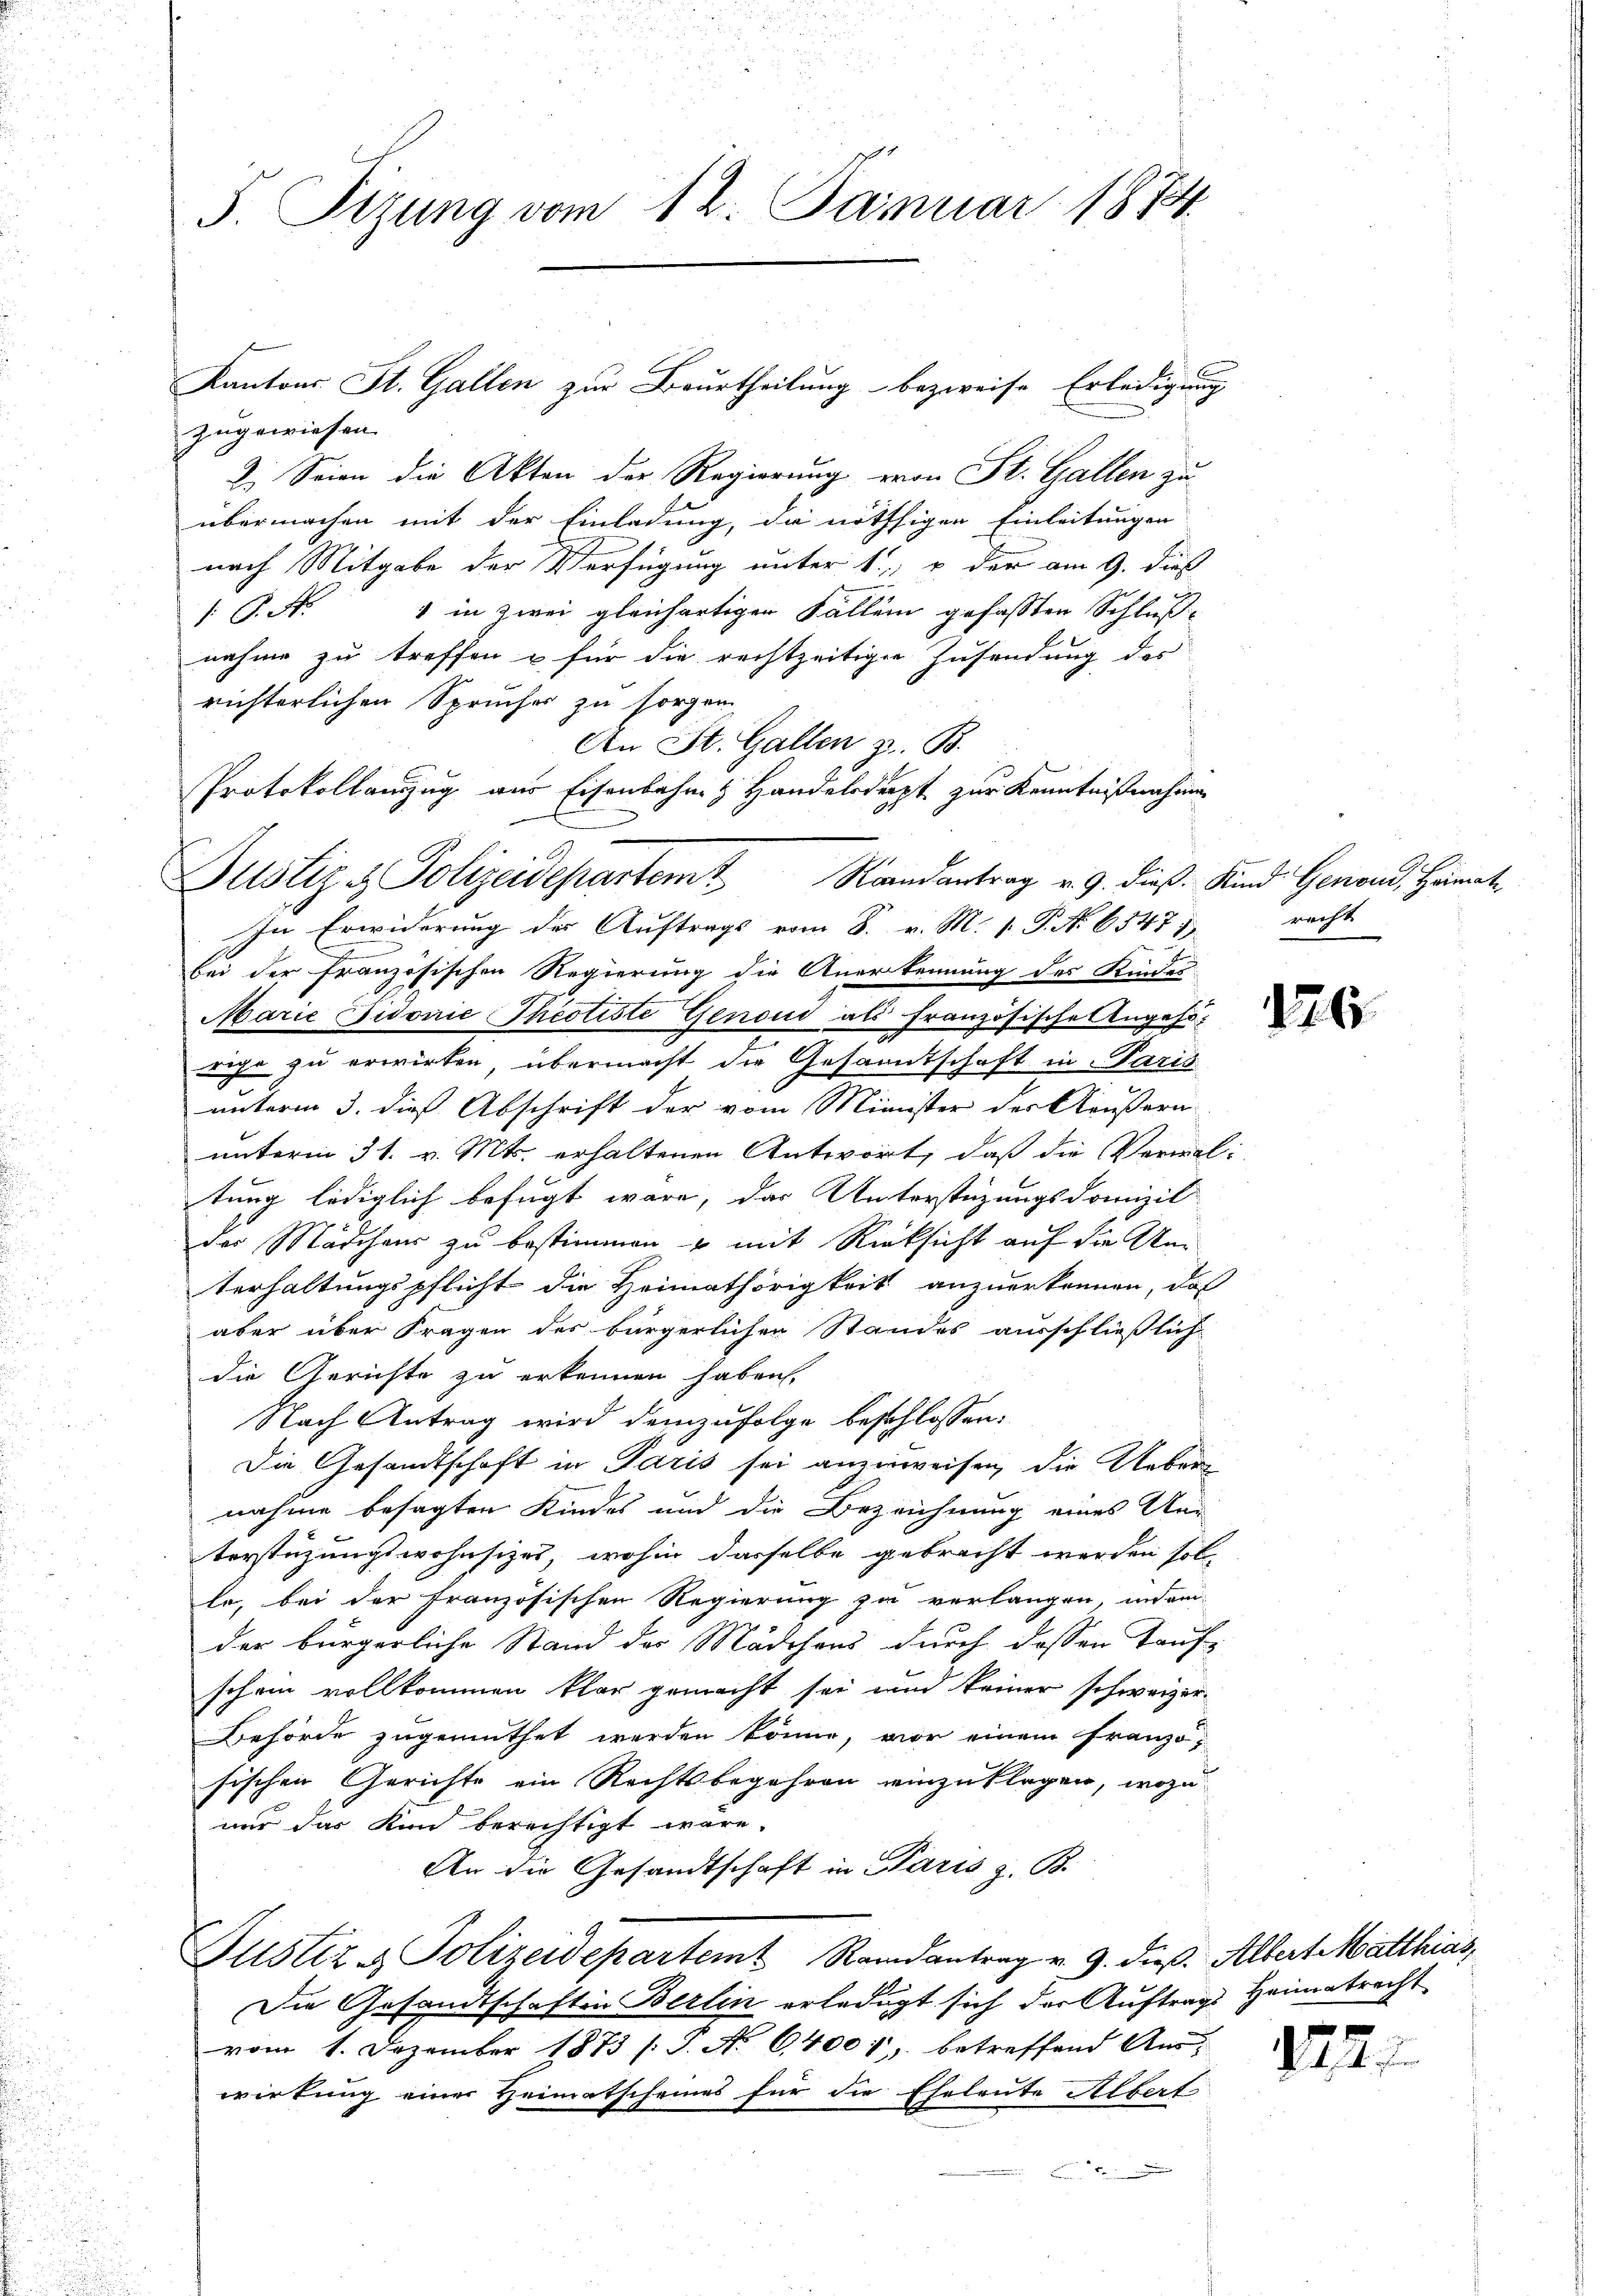
S. Tizung vom 12. Januar 1874

zugewiesen.
2. Seien die Akten der Regierung von St. Gallen zuübermachen mit der Einladung, die nöthigen Einleitungen
nach Mitgabe der Verfügung unter 1. u. der am 9. dies
1 P. Nr. 1 in zwei gleichartigen Fallem gefassten Schlußnahme zu treffen u für die rechtzeitiger Zusendung des
richterlichen Sprücher zu sorgen.
An St. Gallen z. B.
Protokollanzug aus Eisenbahn & Handelsderpt zur Kenntnißnahmen
bei der französischen Regierung die Anerkennung des Kindes-
Marie Fidonie Theotiste Genow als französische Angehrrige zu erwirken, übermacht die Gesamtschaft in Paris
unterm 3. dieß Abschrift der vom Minister der Aeußern-
unterm 31. v. Mts. erhaltenen Antwort, daß die Verwal-
tung lediglich befugt wäre, das Unterstüzungsdomizil
des Mädchens zu bestimmen u mit Rücksicht auf die Um
terhaltungspflicht die Heimathörigkeit anzuerkennen, daß
aber über Fragen des bürgerlichen Standes ausschließlich
die Gerichte zu erkennen haben.
Nach Antrag wird demzufolge beschlossen:
Die Gesandtschaft in Paris sei anzuweisen, die Ueber-
nahme besagten Kindes und die Bezeichnung eines Un-
terstüzungswohnsizei, wohin dasselbe gebracht werden sol-
le, bei der französischen Regierung zu verlangen, indem
der bürgerliche Stand der Mädchens durch dessen Taufschon vollkommen klar gemacht sei und keiner schweizer¬
Behörde zugemuthet werden könne, vor einem Französischen Gerichte ein Rechtsbegehren einzuklagen, wozu
nur das Kind berechtigt wäre.
An die Gesandtschaft in Paris z. B.
Justiz & Polizeidepartem Randantrag v. 9. dieß. Albert Matthias,
Die Gesandtschaften Berlin erledigt sich der Auftrags Heimatrecht
vom 1. Dezember 1873 /: P. No 64001, betreffend An-
wirkung einer Heimatscheines für die Eheleute Albert

Kantons St. Gallen zur Beurtheilung bezweife Erledigung

u
Justiz & Polizeidepartem Randantrag v. 9. dieß. Kind Genond, Heimat¬
In Erwiderung der Auftrags vom 8. v. M. P. No. 6547)

racht

126.

122.